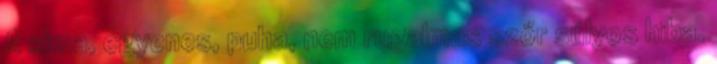
A sima, egyenes, puha, nem rugalmas szőr súlyos hiba.